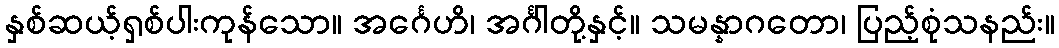
နှစ်ဆယ့်ရှစ်ပါးကုန်သော။ အင်္ဂေဟိ၊ အင်္ဂါတို့နှင့်။ သမန္နာဂတော၊ ပြည့်စုံသနည်း။